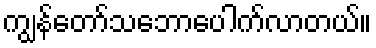
ကျွန်တော်သဘောပေါက်လာတယ်။